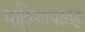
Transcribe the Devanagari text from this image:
महिन्यांपेक्षाही